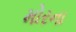
મોરના